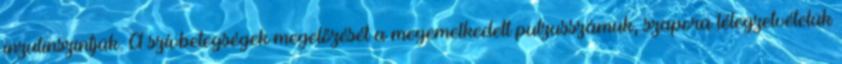
inzulinszintjük. A szívbetegségek megelőzését a megemelkedett pulzusszámuk, szapora lélegzetvételük